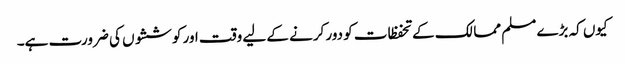
کیوں کہ بڑے مسلم ممالک کے تحفظات کو دور کرنے کے لیے وقت اور کوششوں کی ضرورت ہے۔